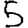
Digit: 5